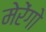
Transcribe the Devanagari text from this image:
मेरेंगो